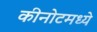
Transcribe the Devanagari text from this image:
कीनोटमध्ये